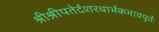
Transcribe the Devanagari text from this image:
श्रीश्रीपतेर्दशरथार्भकभावपूर्तेः